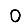
Digit: 0